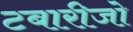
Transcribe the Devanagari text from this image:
टबारीजो